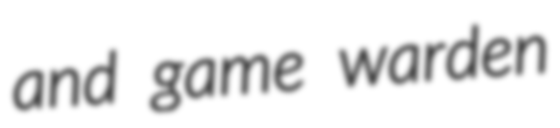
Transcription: and game warden